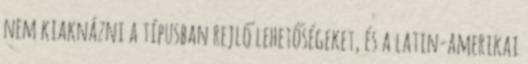
nem kiaknázni a típusban rejlő lehetőségeket, és a latin-amerikai